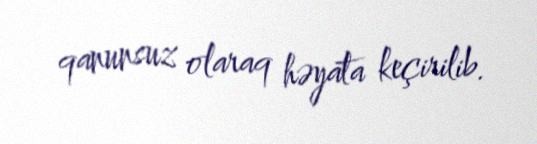
qanunsuz olaraq həyata keçirilib.